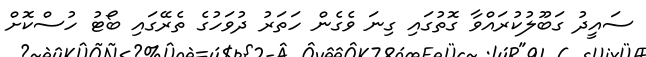
ސައީދު ގަބޫލުކުރައްވާ ގޮތުގައި ގިނަ ވެގެން ހަތަރު ދުވަހުގެ ތެރޭގައި ބޯޓު ހުސްކޮށް